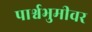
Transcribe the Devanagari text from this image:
पार्श्वभुमीवर